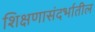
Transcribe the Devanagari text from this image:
शिक्षणासंदर्भातील